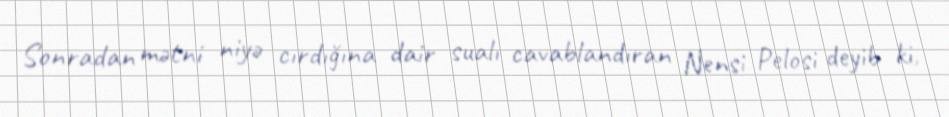
Sonradan mətni niyə cırdığına dair sualı cavablandıran Nensi Pelosi deyib ki,